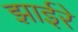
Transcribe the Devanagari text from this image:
झाईरे